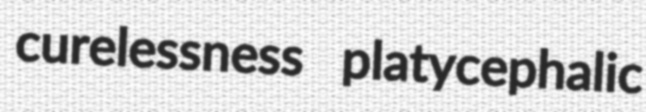
curelessness platycephalic